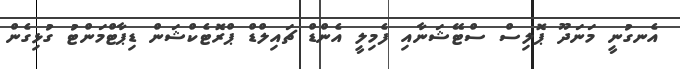
އެނގުނީ މަނަދޫ ޕޮލިސް ސްޓޭޝަނާއި ފެމިލީ އެންޑް ޗައިލްޑް ޕްރޮޓެކްޝަން ޑިޕާޓްމަންޓު ގުޅިގެން